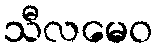
သီလမေဝ